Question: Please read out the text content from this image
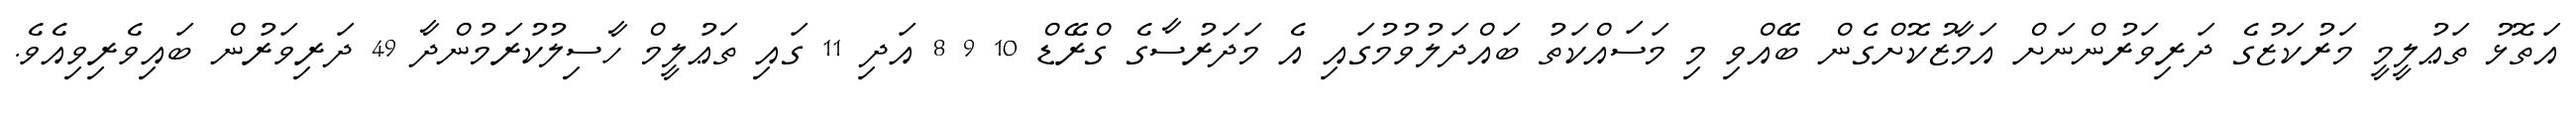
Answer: އަތޮޅު ތަޢުލީމީ މަރުކަޒުގެ ދަރިވަރުންނަށް އަމާޒުކޮށްގެން ބޭއްވި މި މަސައްކަތު ބައްދަލުވުމުގައި އެ މަދަރުސާގެ ގްރޭޑް 10 9 8 އަދި 11 ގައި ތަޢުލީމް ހާސިލުކުރަމުންދާ 49 ދަރިވަރުން ބައިވެރިވިއެވެ.